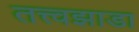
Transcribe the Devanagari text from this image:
तत्त्वझाडा